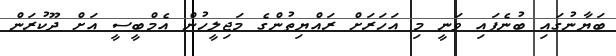
ބަޔާނުގައި ބުނެފައި ވަނީ މި އަހަރަށް ރައްޔިތުންގެ މަޖިލީހުން އެމްބީސީ އަށް ދޫކުރަން